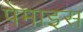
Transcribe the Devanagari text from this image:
पेमाइस